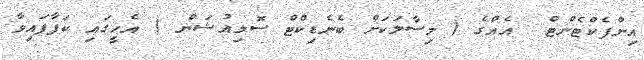
އިންފެކްޓެންޓް  އެއްގެ ( މިސާލަކަށް ބެނެޑިކްޓް ސޮލިއުޝަން ) އެހީގައި ކަފާފައިވާ